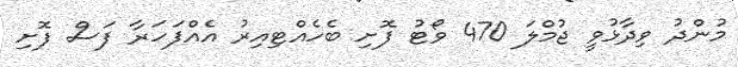
މުންދު ވިދާޅުވީ ޖުމްލަ 470 ވޯޓު ފޮށި ބެހެއްޓިއިރު އެއްފަހަރާ ފަސް ފޮށި